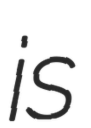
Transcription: is